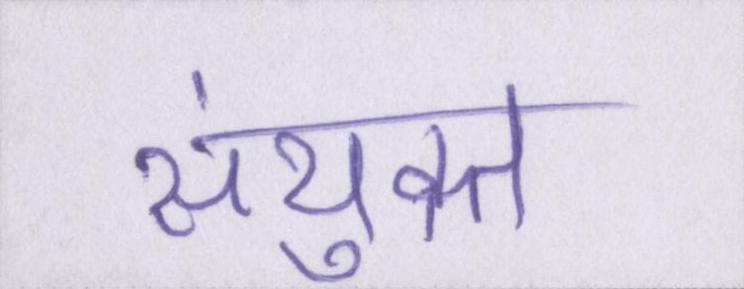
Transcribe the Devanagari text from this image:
संयुक्त